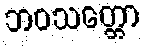
ဘဝသတ္တော